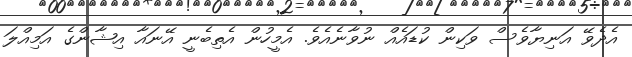
އެދެވޭ އަނިޔާވެސް ވަކިން ކުޑައެއް ނުވާނެއެވެ. އެމީހުން އެތިބެނީ އޭނައާ އިޝާންގެ އަމިއްލަ